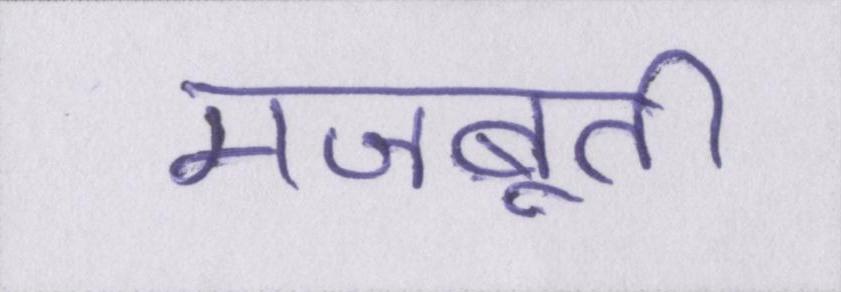
मजबूती